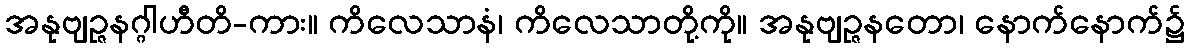
အနုဗျဉ္ဇနဂ္ဂါဟီတိ-ကား။ ကိလေသာနံ၊ ကိလေသာတို့ကို။ အနုဗျဉ္ဇနတော၊ နောက်နောက်၌